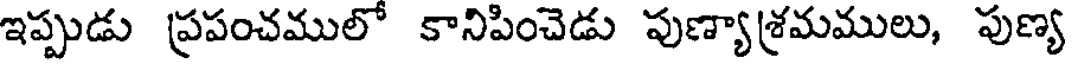
ఇప్పుడు ప్రపంచములో కానిపించెడు పుణ్యాశ్రమములు, పుణ్య